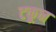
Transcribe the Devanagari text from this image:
टकून